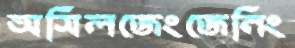
অসিলজেংজেনিং